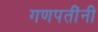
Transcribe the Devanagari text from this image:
गणपतींनी